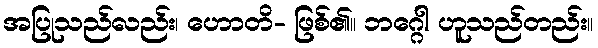
အပြုသည်လည်း၊ ဟောတိ- ဖြစ်၏။ ဘဂ္ဂေါ ဟူသည်တည်း။